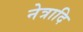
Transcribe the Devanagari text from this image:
नेत्रादि